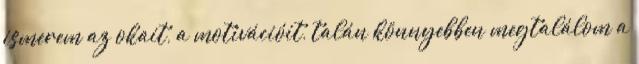
ismerem az okait, a motivációit, talán könnyebben megtalálom a